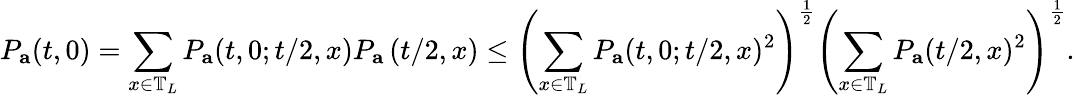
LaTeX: P_{\mathbf{a}}(t,0)=\sum_{x\in\mathbb{T}_{L}}P_{\mathbf{a}}(t,0;t/2,x)P_{\mathbf{a}}\left(t/2,x\right)\leq\left(\sum_{x\in\mathbb{T}_{L}}P_{\mathbf{a}}(t,0;t/2,x)^{2}\right)^{\frac 12}\left(\sum_{x\in\mathbb{T}_{L}}P_{\mathbf{a}}(t/2,x)^{2}\right)^{\frac 12}.